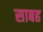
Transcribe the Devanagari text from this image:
साबह